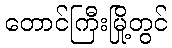
တောင်ကြီးမြို့တွင်